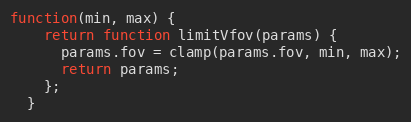
Language: JavaScript
function(min, max) {
    return function limitVfov(params) {
      params.fov = clamp(params.fov, min, max);
      return params;
    };
  }